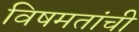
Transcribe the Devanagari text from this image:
विषमतांची